Report on plague and inoculation in the Punjab from October 1st ... to September 30th..., being the ... season of plague in the province
Disease focus: Plague
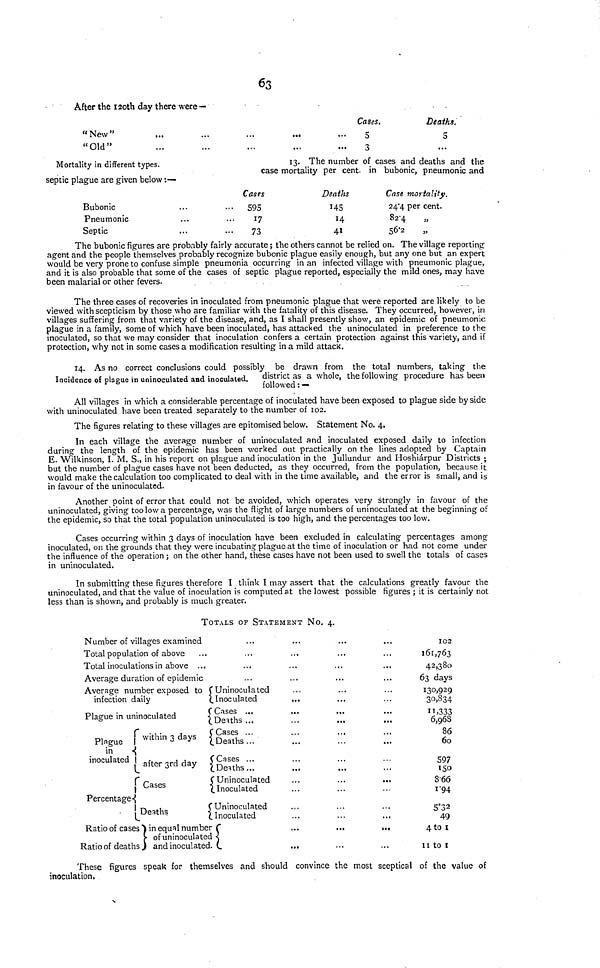
63
After the 120th day there were—
"New"
"Old"
...
...
...
...
...
...
...
...
...
...
Cases.
5
3
Deaths.
5
...
Mortality in different types.
13. The number of cases and deaths and the
case mortality per cent. in bubonic, pneumonic and
septic plague are given below :—
Bubonic
Pneumonic
Septic
...
...
...
...
...
...
Cases
595
17
73
Deaths
145
14
41
Case mortality.
24.4 per cent.
82.4
„
56.2
„
The bubonic figures are probably fairly accurate ; the others cannot be relied on. The village reporting
agent and the people themselves probably recognize bubonic plague easily enough, but any one but an expert
would be very prone to confuse simple pneumonia occurring in an infected village with pneumonic plague,
and it is also probable that some of the cases of septic plague reported, especially the mild ones, may have
been malarial or other fevers.
The three cases of recoveries in inoculated from pneumonic plague that were reported are likely to be
viewed with scepticism by those who are familiar with the fatality of this disease. They occurred, however, in
villages suffering from that variety of the disease, and, as I shall presently show, an epidemic of pneumonic
plague in a family, some of which have been inoculated, has attacked the uninoculated in preference to the
inoculated, so that we may consider that inoculation confers a certain protection against this variety, and if
protection, why not in some cases a modification resulting in a mild attack.
Incidence of plague in uninoculated and inoculated.
14. As no correct conclusions could possibly be drawn from the total numbers, taking the
district as a whole, the following procedure has been
followed : —
All villages in which a considerable percentage of inoculated have been exposed to plague side by side
with uninoculated have been treated separately to the number of 102.
The figures relating to these villages are epitomised below. Statement No. 4.
In each village the average number of uninoculated and inoculated exposed daily to infection
during the length of the epidemic has been worked out practically on the lines adopted by Captain
E. Wilkinson, I. M. S., in his report on plague and inoculation in the Jullundur and Hoshiárpur Districts ;
but the number of plague cases have not been deducted, as they occurred, from the population, because it
would make the calculation too complicated to deal with in the time available, and the error is small, and is
in favour of the uninoculated.
Another point of error that could not be avoided, which operates very strongly in favour of the
uninoculated, giving too low a percentage, was the flight of large numbers of uninoculated at the beginning of
the epidemic, so that the total population uninoculated is too high, and the percentages too low.
Cases occurring within 3 days of inoculation have been excluded in calculating percentages among
inoculated, on the grounds that they were incubating plague at the time of inoculation or had not come under
the influence of the operation ; on the other hand, these cases have not been used to swell the totals of cases
in uninoculated.
In submitting these figures therefore I think I may assert that the calculations greatly favour the
uninoculated, and that the value of inoculation is computed at the lowest possible figures ; it is certainly not
less than is shown, and probably is much greater.
TOTALS OF STATEMENT NO. 4.
Number of villages examined
Total population of above ...
Total inoculations in above ...
Average duration of epidemic
Average number exposed to
infection daily
Plague in uninoculated
Plague within 3 days
in
inoculated
after 3rd day
Cases
Percentage
Deaths
Ratio of cases in equal number
of uninoculated
Ratio of deaths and inoculated.
...
...
...
...
Uninoculated
Inoculated
Cases ...
Deaths ...
Cases ...
Deaths ...
Cases ...
Deaths ...
Uninoculated
Inoculated
Uninoculated
Inoculated
...
...
...
...
...
...
...
...
...
...
...
...
...
...
...
...
...
...
...
...
...
...
...
...
...
...
...
...
...
...
...
...
...
...
...
...
...
...
...
...
...
...
...
...
...
...
...
...
...
...
...
...
...
...
...
...
...
102
161,763
42,380
63 days
130,929
30,834
11,333
6,968
86
60
507
150
8.66
1.94
5.32
49
4 to 1
11 to 1
These figures speak for themselves and should convince the most sceptical of the value of
inoculation.